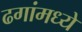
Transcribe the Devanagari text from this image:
ढगांमध्ये